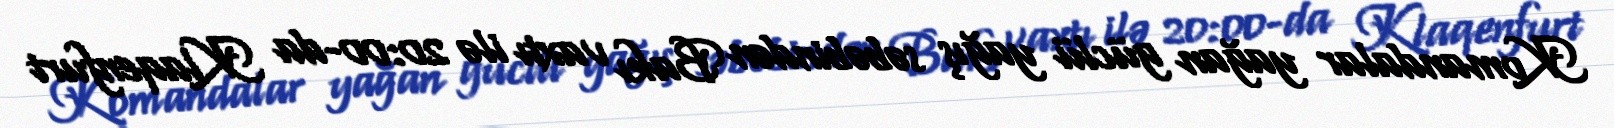
Komandalar yağan güclü yağış səbəbindən Bakı vaxtı ilə 20:00-da Klaqenfurt